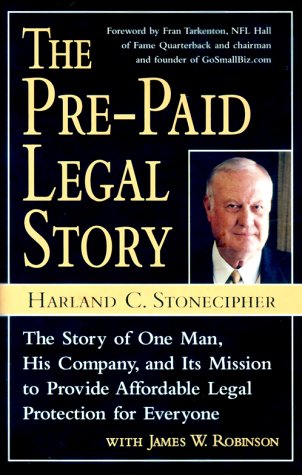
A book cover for The Pre-Paid Legal Story: The Story of One Man, His Company, and Its Mission to Provide Affordable Legal Protection for Everyone; Harland C. Stonecipher; Law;